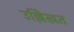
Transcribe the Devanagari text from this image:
उल्लेिखत